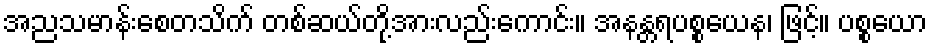
အညသမာန်းစေတသိက် တစ်ဆယ်တို့အားလည်းကောင်း။ အနန္တရပစ္စယေန၊ ဖြင့်။ ပစ္စယော